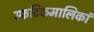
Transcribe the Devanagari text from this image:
स्फटिकमालिकां